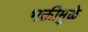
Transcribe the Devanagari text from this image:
भक्तीमुळे